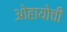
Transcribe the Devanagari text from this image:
ओहायोची